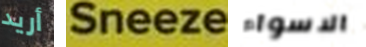
أريد Sneeze الاسواء